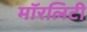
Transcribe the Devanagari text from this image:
मॉरलिटी